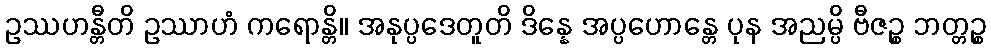
ဥဿဟန္တီတိ ဥဿာဟံ ကရောန္တိ။ အနုပ္ပဒေတူတိ ဒိန္နေ အပ္ပဟောန္တေ ပုန အညမ္ပိ ဗီဇဉ္စ ဘတ္တဉ္စ